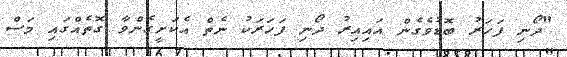
"ދޯނި ފަހަރު ބޮޑުވެގެން އައިއިރު ދޯނި ފަހަރަކު ނެތް އެކަށީގެންވާ ގޮތެއްގައި މަސް